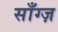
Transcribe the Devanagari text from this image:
साँग्ज़